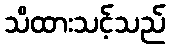
သိထားသင့်သည်